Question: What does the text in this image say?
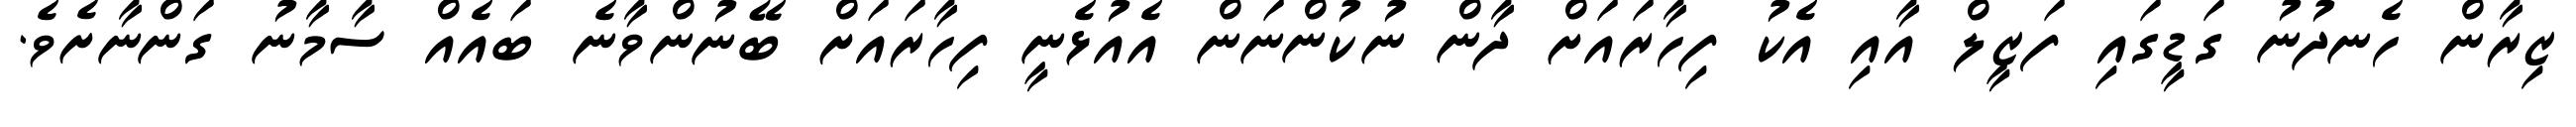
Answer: ޒިރާން ހެނދުނު ގަޑީގައި ފަޒީލް އާއި އެކު ފިހާރައަށް ދާން ނުކުންނަން އެއުޅެނީ ފިހާރައަށް ބޭނުންވާނެ ބައެއް ސާމާނު ގަންނާށެވެ.